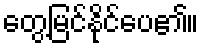
တွေ့မြင်နိုင်ပေ၏။